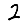
Digit: 2